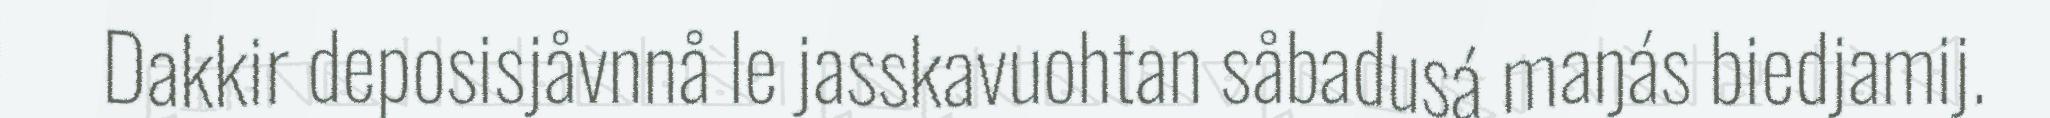
Dakkir deposisjåvnnå le jasskavuohtan såbadusá maŋás biedjamij.